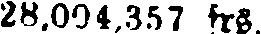
28,004,357 frs.